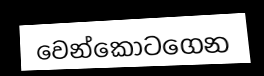
වෙන්කොටගෙන